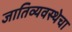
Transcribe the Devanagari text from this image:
जातिव्यवस्थेचा